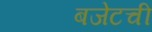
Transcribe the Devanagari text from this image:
बजेटची